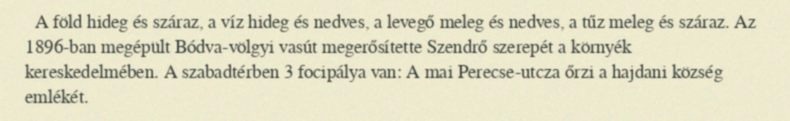
A föld hideg és száraz, a víz hideg és nedves, a levegő meleg és nedves, a tűz meleg és száraz. Az 1896-ban megépült Bódva-völgyi vasút megerősítette Szendrő szerepét a környék kereskedelmében. A szabadtérben 3 focipálya van: A mai Perecse-utcza őrzi a hajdani község emlékét.